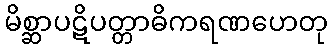
မိစ္ဆာပဋိပတ္တာဓိကရဏဟေတု